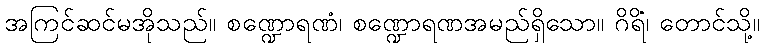
အကြင်ဆင်မအိုသည်။ စဏ္ဍောရဏံ၊ စဏ္ဍောရဏအမည်ရှိသော။ ဂိရိံ၊ တောင်သို့။